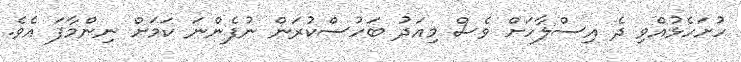
ހުށަހެޅުއްވި ދެ އިސްލާހަށް ވެސް މިއަދު ބަހުސްކުރަން ނުފެންނަ ކަމަށް ނިންމާފަ އެވެ.